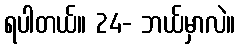
ရပါတယ်။ 24- ဘယ်မှာလဲ။